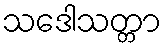
သဒေါသတ္တာ